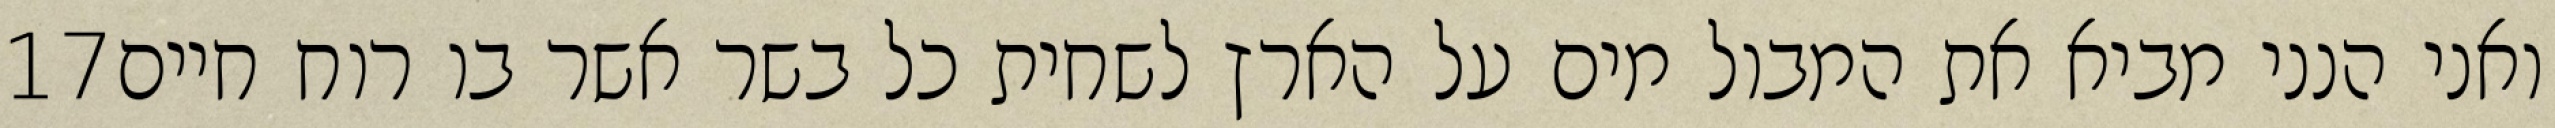
‎17‏ ואני הנני מביא את המבול מים על הארץ לשחית כל בשר אשר בו רוח חיים